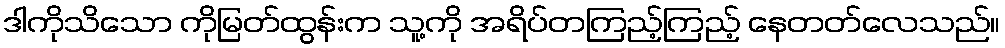
ဒါကိုသိသော ကိုမြတ်ထွန်းက သူ့ကို အရိပ်တကြည့်ကြည့် နေတတ်လေသည်။